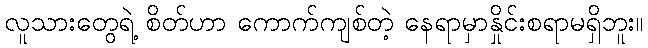
လူသားတွေရဲ့ စိတ်ဟာ ကောက်ကျစ်တဲ့ နေရာမှာနှိုင်းစရာမရှိဘူး။